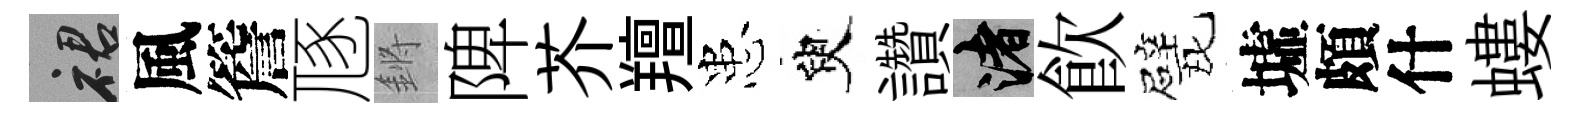
裙風簷豗鏘陴芥羶患臾讚渚飮戏墟頗什螻